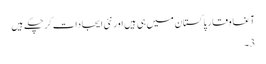
آغا وقار پاکستان میں ہی ہیں اور نئی ایجادات کر چکے ہیں
3 ۔